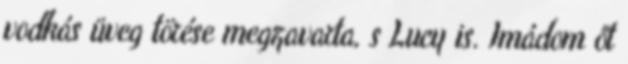
vodkás üveg törése megzavarta, s Lucy is. Imádom őt